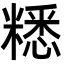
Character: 䊝